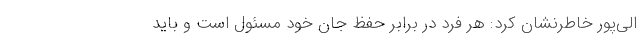
الی‌پور خاطرنشان کرد: هر فرد در برابر حفظ جان خود مسئول است و باید